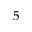
5